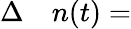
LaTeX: \begin{array}{rl}{\Delta}&{{}n(t)=}\end{array}